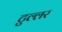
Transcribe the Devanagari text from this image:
टुल्लर